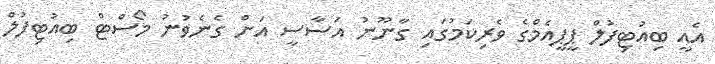
އެއީ ބިއުޓިފުލް ޕީޕީއެމްގެ ވެރިކަމުގައި ގާނޫނު އަސާސީ އަށް ގެނެވުނު މޯސްޓް ބިއުޓިފުލް